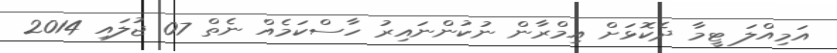
އަމިއްލަ ޓީމާ ދެކޮޅަށް އިމްރާން ނުކުންނައިރު ހާސްކަމެއް ނެތް 07 ޖުލައި 2014